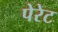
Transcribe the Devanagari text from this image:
पेरेट